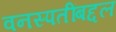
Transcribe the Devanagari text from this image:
वनस्पतींबद्दल